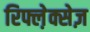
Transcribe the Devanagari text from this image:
रिफ्ल़ेक्सेज़